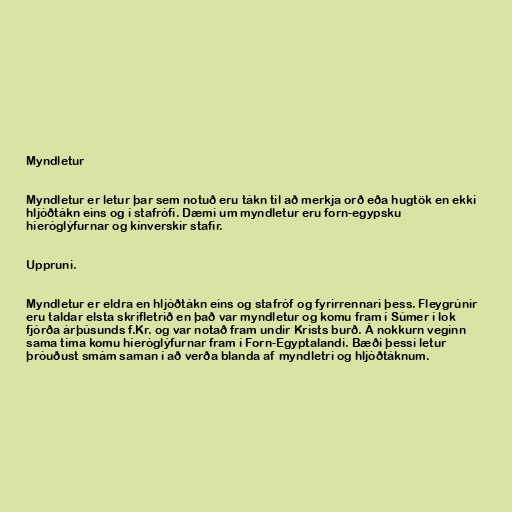
Myndletur

Myndletur er letur þar sem notuð eru tákn til að merkja orð eða hugtök en ekki
hljóðtákn eins og í stafrófi. Dæmi um myndletur eru forn-egypsku
híeróglýfurnar og kínverskir stafir.

Uppruni.

Myndletur er eldra en hljóðtákn eins og stafróf og fyrirrennari þess. Fleygrúnir
eru taldar elsta skrifletrið en það var myndletur og komu fram í Súmer í lok
fjórða árþúsunds f.Kr. og var notað fram undir Krists burð. Á nokkurn veginn
sama tíma komu híeróglýfurnar fram í Forn-Egyptalandi. Bæði þessi letur
þróuðust smám saman í að verða blanda af myndletri og hljóðtáknum.